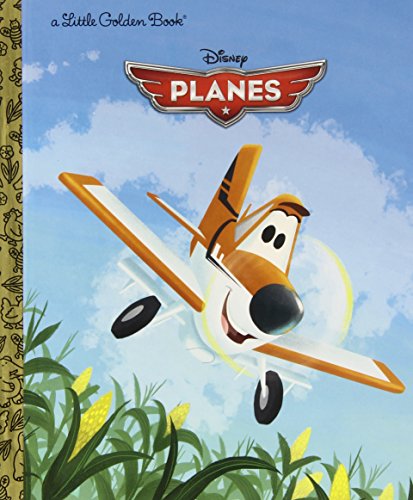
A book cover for Disney Planes Little Golden Book (Disney Planes); Klay Hall; Children's Books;